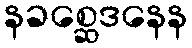
နခစ္ဆေဒနေန